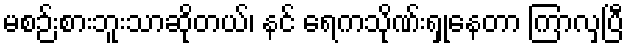
မစဉ်းစားဘူးသာဆိုတယ်၊ နင် ရေကသိုဏ်းရှုနေတာ ကြာလှပြီ